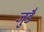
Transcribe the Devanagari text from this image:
जुडै